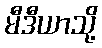
မီဒီယာသို့